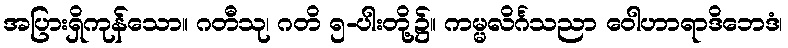
အပြားရှိကုန်သော။ ဂတီသု၊ ဂတိ ၅-ပါးတို့၌။ ကမ္မလိင်္ဂသညာ ဝေါဟာရာဒိဘေဒံ၊